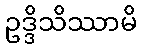
ဥဒ္ဒိသိဿာမိ